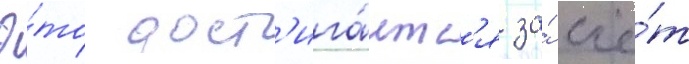
Э́то дост'ига́етс'я за́ счё́т